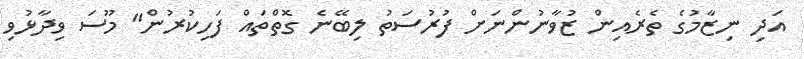
އަދި ނިޒާމުގެ ތެރެއިން ޒުވާނުންނަށް ފުރުސަތު ލިބޭނެ ގޮތްތައް ފަހިކުރުން" މޫސަ ވިދާޅުވި